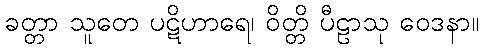
ခတ္တာ သူတေ ပဋိဟာရေ၊ ဝိတ္တိ ပီဠာသု ဝေဒနာ။